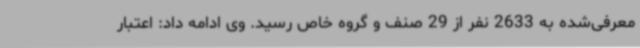
معرفی‌شده به 2633 نفر از 29 صنف و گروه خاص رسید. وی ادامه داد: اعتبار